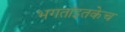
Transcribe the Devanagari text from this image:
भगतांइतकेच